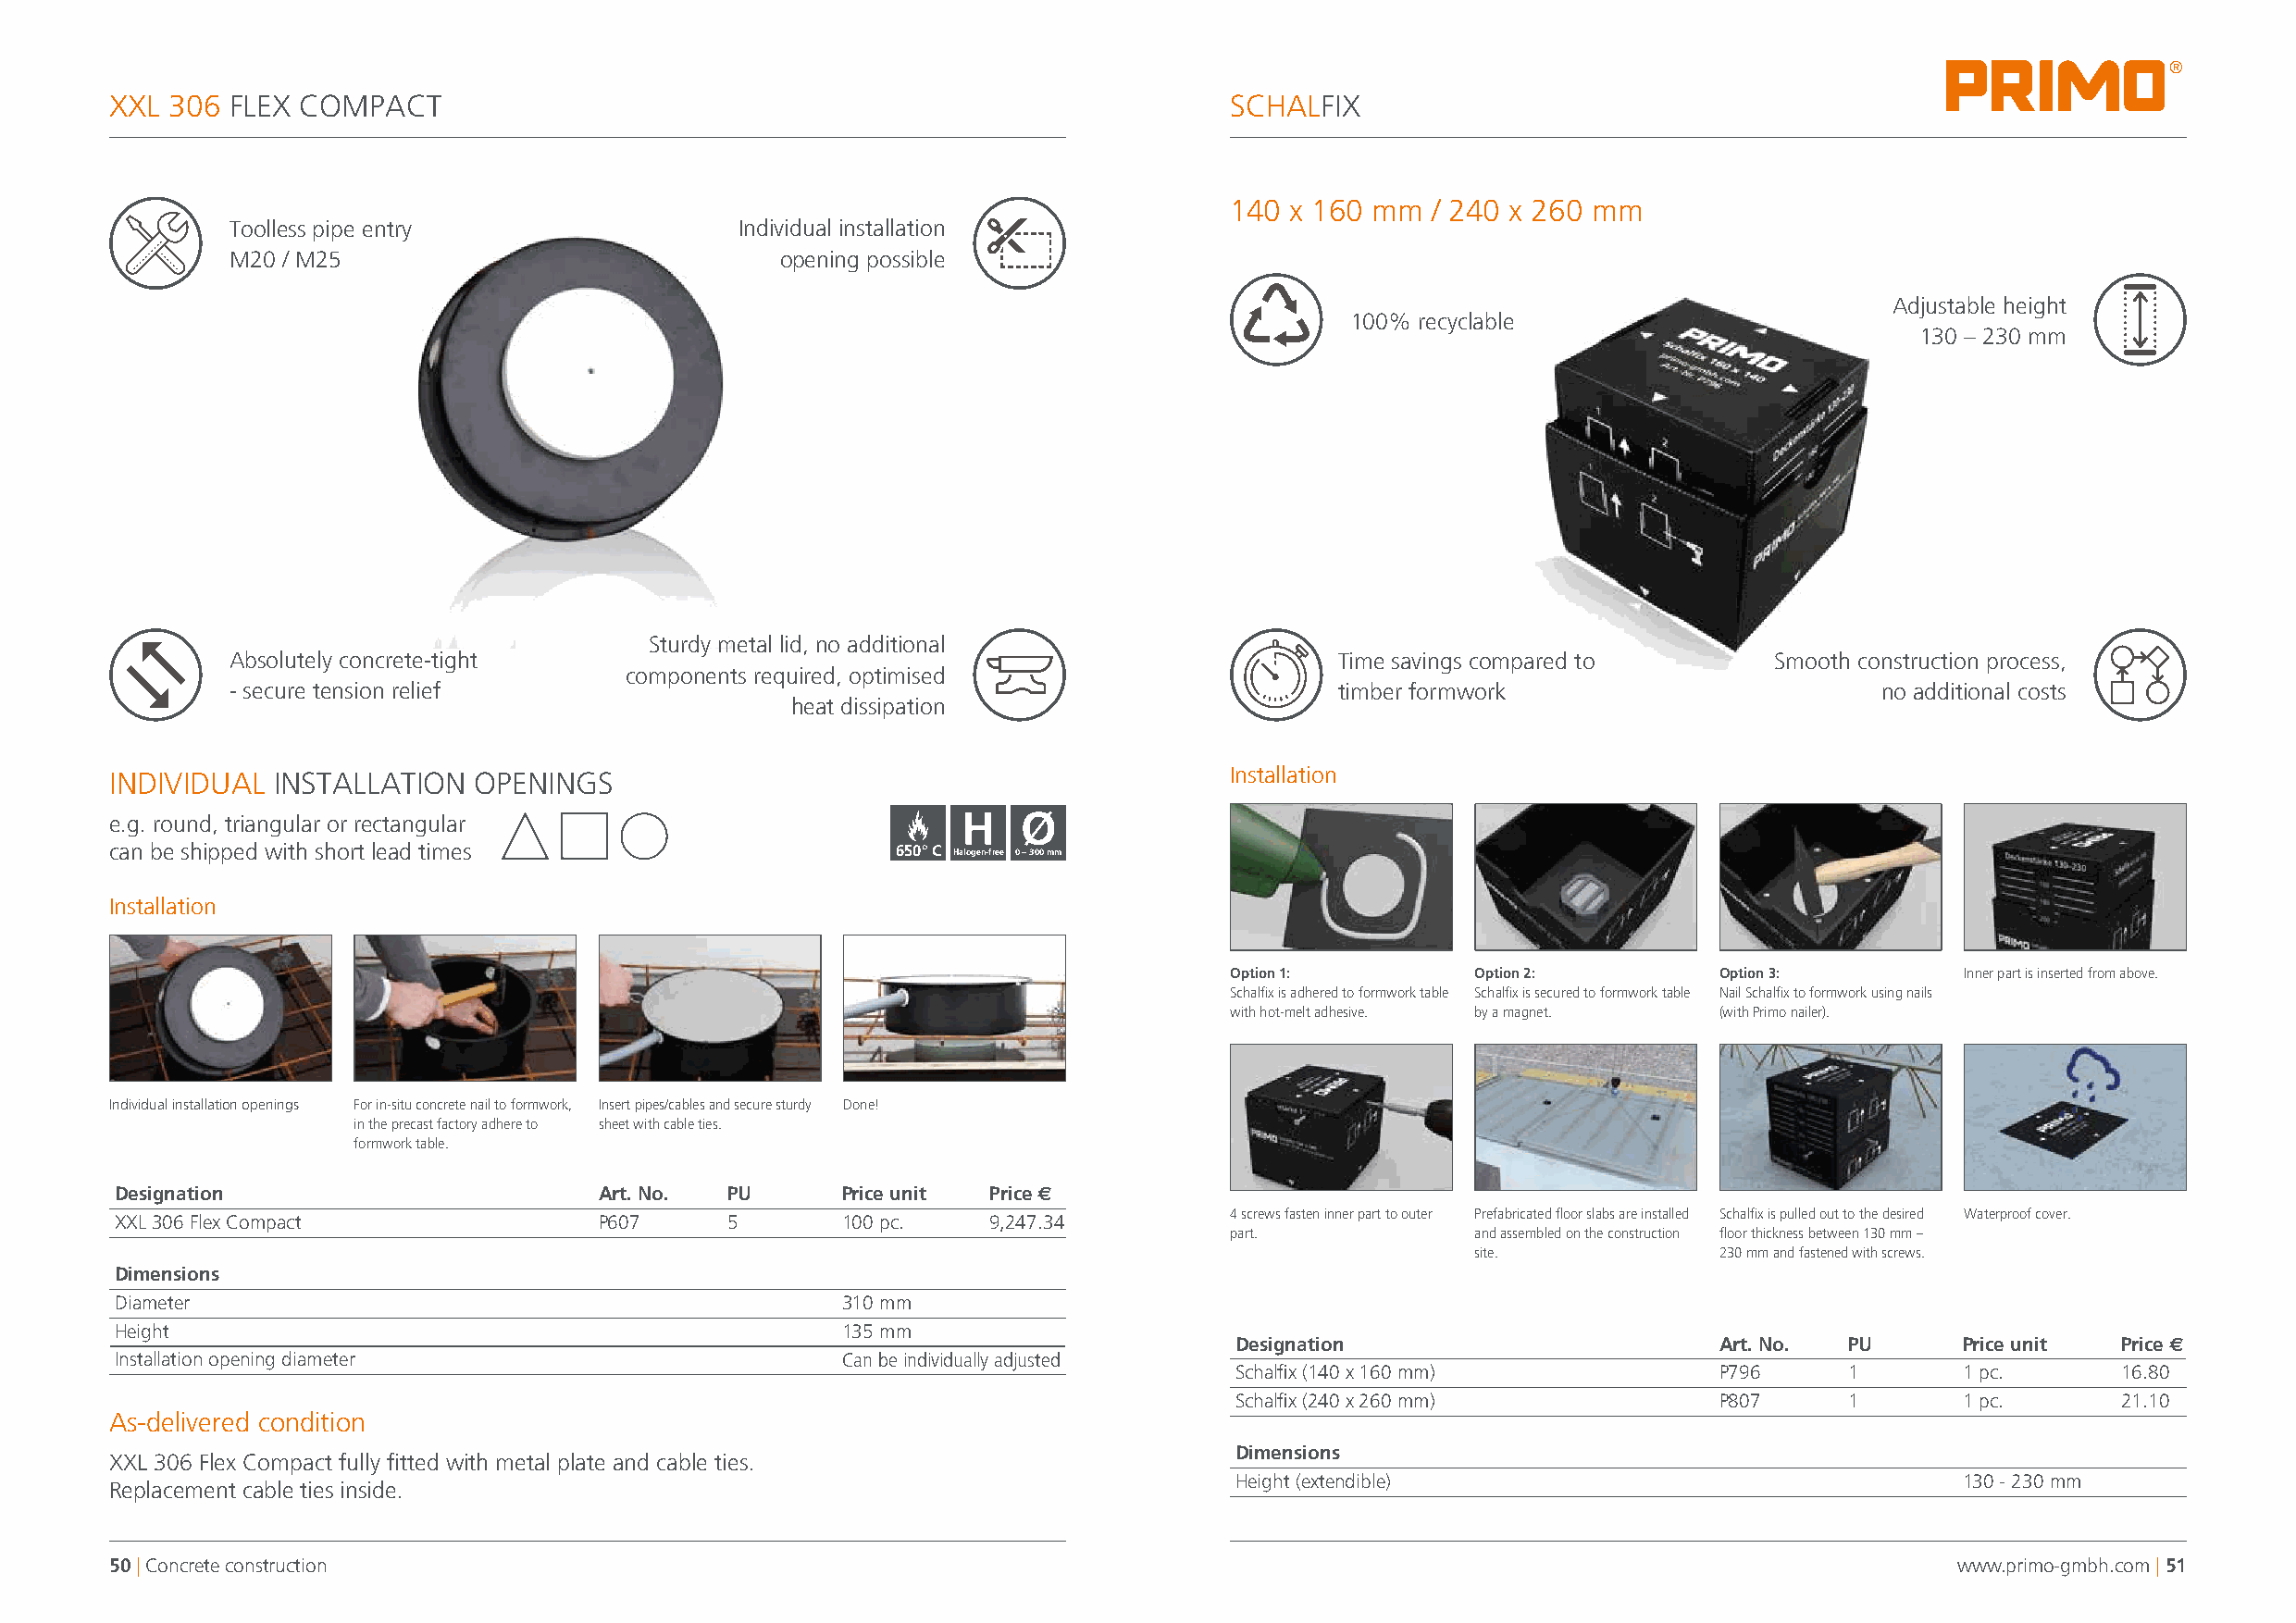
®
 XXL 306 FLEX COMPACT                                                            SCHALFIX
 140 x 160 mm  / 240 x 260 mm
 Toolless pipe entry                  Individual installation
 M20 / M25                               opening possible
 Adjustable height
 100% recyclable
 130 – 230 mm
 Sturdy metal lid, no additional
 Absolutely concrete-tight                                                       Time savings compared to       Smooth construction process,
 components required, optimised
 - secure tension relief                                                         timber formwork                        no additional costs
 heat dissipation
 INDIVIDUAL  INSTALLATION  OPENINGS                                              Installation
 e.g. round, triangular or rectangular                        H   Ø
 can be shipped with short lead times                    650° C Halogen-free 0 – 300 mm
 Installation
 Option 1:        Option 2:         Option 3:        Inner part is inserted from above.
 Schalfix is adhered to formwork table Schalfix is secured to formwork table Nail Schalfix to formwork using nails
 with hot-melt adhesive. by a magnet. (with Primo nailer).
 Individual installation openings For in-situ concrete nail to formwork, Insert pipes/cables and secure sturdy Done!
 in the precast factory adhere to sheet with cable ties.
 formwork table.
 Designation                        Art. No. PU      Price unit Price s
 4 screws fasten inner part to outer Prefabricated floor slabs are installed Schalfix is pulled out to the desired Waterproof cover.
 XXL 306 Flex Compact               P607     5       100 pc.    9,247.34
 part.            and assembled on the construction floor thickness between 130 mm –
 site.             230 mm and fastened with screws.
 Dimensions
 Diameter                                            310 mm
 Height                                              135 mm
 Designation                        Art. No. PU      Price unit  Price s
 Installation opening diameter                       Can be individually adjusted
 Schalfix (140 x 160 mm)            P796     1       1 pc.       16.80
 Schalfix (240 x 260 mm)            P807     1       1 pc.       21.10
 As-delivered condition
 Dimensions
 XXL 306 Flex Compact fully fitted with metal plate and cable ties.
 Height (extendible)                                 130 - 230 mm
 Replacement cable ties inside.
 50 | Concrete construction                                                                                                          www.primo-gmbh.com | 51